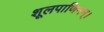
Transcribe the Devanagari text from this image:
शूलपाणिनम्।